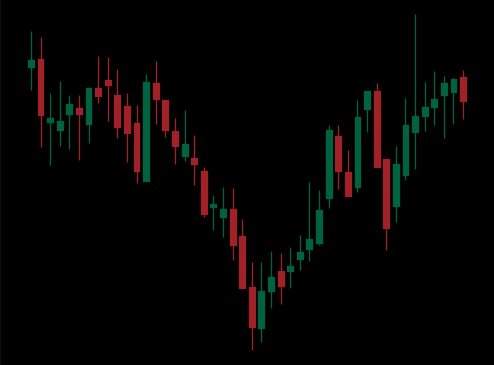
Pattern: inverse_head_shoulders